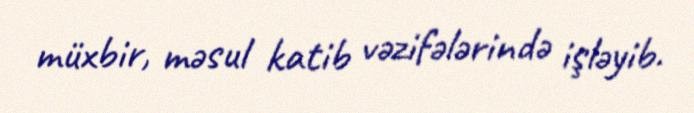
müxbir, məsul katib vəzifələrində işləyib.